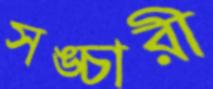
সঙ্চারী